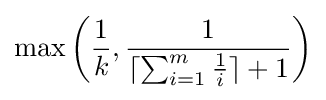
\max \left({\frac {1}{k}},{\frac {1}{\lceil \sum _{i=1}^{m}{\frac {1}{i}}\rceil +1}}\right)